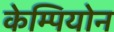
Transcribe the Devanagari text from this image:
केम्पियोन